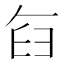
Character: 𮍥